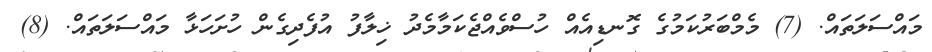
މައްސަލަތައް. (7) މެމްބަރުކަމުގެ ގޮނޑިއެއް ހުސްވެއްޖެކަމާމެދު ޚިލާފު އުފެދިގެން ހުށަހަޅާ މައްސަލަތައް. (8)